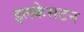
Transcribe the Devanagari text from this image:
इलकेसटन